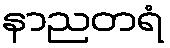
နာညတရံ